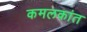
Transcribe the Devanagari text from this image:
कमलकांत